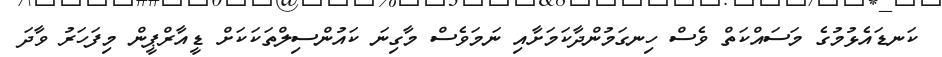
ކަނޑައެޅުމުގެ މަސައްކަތް ވެސް ހިނގަމުންދާކަމަށާއި ނަމަވެސް މާގިނަ ކައުންސިލްތަކަކަށް ޑީއާރްޕީން މިފަހަރު ވާދަ